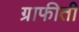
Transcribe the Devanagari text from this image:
ग्राफीती